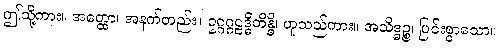
ဤသို့ကား။ အတ္ထော၊ အနက်တည်း။ ဥဂ္ဂဂ္ဂဠဒ္ဓိတိန္ဓိ၊ ဟူသည်ကား။ အသိဒ္ဓဉ္စ၊ ပြင်းစွာသော။